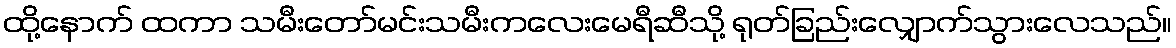
ထို့နောက် ထကာ သမီးတော်မင်းသမီးကလေးမေရီဆီသို့ ရုတ်ခြည်းလျှောက်သွားလေသည်။